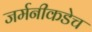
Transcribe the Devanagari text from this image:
जर्मनीकडेच